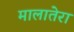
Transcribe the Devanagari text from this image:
मालातेरा